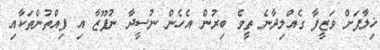
ޚިލާފަށް ވަޒީފާ ގެއްލިދާނެ ތީވެ ބިރުން އެހެން ނުސީދާ ނުފޫޒާ އި ފިއްތުންތަކާއި